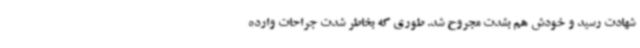
شهادت رسید و خودش هم بشدت مجروح شد. طوری که بخاطر شدت جراحات وارده